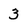
Character: 3